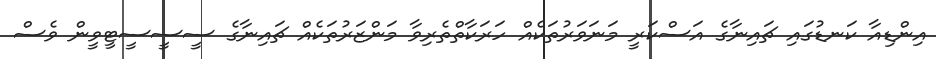
އިންޑިއާ ކަނޑުގައި ޗައިނާގެ އަސްކަރީ މަނަވަރުތަކެއް ހަރަކާތްތެރިވާ މަންޒަރުތަކެއް ޗައިނާގެ ސީސީސީޓީވީން ވެސް